Report on sanitation, dispensaries, and jails in Rajputana for 1913, and on vaccination for the year 1913-1914 - 1913-1914
Year: 1913
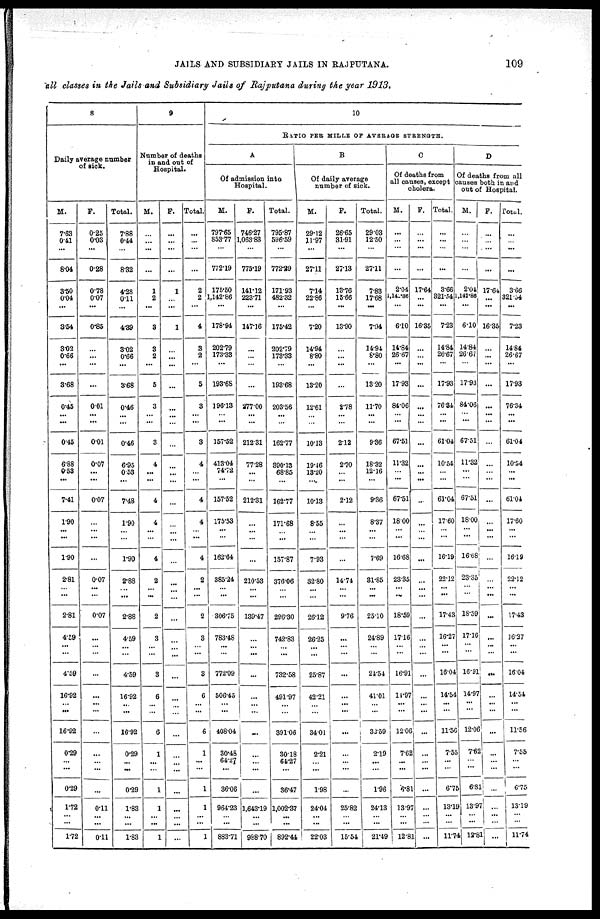
JAILS AND SUBSIDIARY JAILS IN RAJPUTANA.
109
all classes in the Jails and Subsidiary Jails of Rajputana during the year 1913.
8
Daily average number
of sick.
M.
7.63
0.41
...
8.04
3.50
0.04
...
3.54
3.02
0.66
...
3.68
0.45
...
...
0.45
6.88
0.53
...
7.41
1.90
...
...
1.90
2.81
... ...
2.81
4.59
...
...
4.59
16.92
...
...
16.92
0.29
...
...
0.29
1.72
...
...
1.72
F.
0.25
0.03
...
0.28
0.78
0.07
...
0.85
...
...
...
...
0.01
...
...
0.01
0.07
...
...
0.07
...
...
...
...
0.07
...
...
0.07
...
...
...
...
...
...
...
...
...
...
...
...
0.11
...
...
0.01
Total.
7.88
0.44
...
8.32
4.28
0.11
...
4.89
3.02
0.66
...
3.68
0.46
...
...
0.46
6.95
0.53
...
7.48
1.90
...
...
1.90
2.88
... ...
2.88
4.59
...
...
4.59
16.92
...
...
16.92
0.29
...
...
0.29
1.83
...
...
1.83
9
Number of deaths
in and out of
Hospital.
M.
...
...
...
...
1
2
...
3
3
2
...
5
3
...
...
3
4
...
...
4
4
...
...
4
2
...
...
2
3
...
...
3
6
...
...
6
1
...
...
1
1
...
...
1
F.
...
...
...
...
1
...
...
1
...
...
...
...
...
...
...
...
...
...
...
...
...
...
...
...
...
... ...
...
...
...
...
...
...
...
...
...
...
...
...
...
...
...
...
...
Total.
...
...
...
...
2
2
...
4
3
2
...
5
3
...
...
3
4
...
...
4
4
...
...
4
2
...
...
2
3
...
...
3
6
...
...
6
1
...
...
1
1
...
...
1
10
RATIO PER MILLS OF AVERAGE STRENGTH.
A
Of admission into
Hospital.
M.
797.65
853.77
...
772.19
175.50
1,142.86
...
178.94
202.79
173.33
...
193.68
196.13
...
...
157.52
413.04
74.72
...
157.52
175.53
...
...
162.64
385.24
... ...
306.75
783.48
...
...
772.09
506.45
...
...
408.04
30.48
64.27
...
36.06
964.23
...
...
883.71
F.
746.27
1,063.88
...
775.19
141.12
223.71
...
147.16
...
...
...
...
277.00
...
...
212.31
77.28
...
...
212.31
...
...
...
...
210.53
... ...
139.47
...
...
...
...
...
...
...
...
...
...
...
...
1,643.19
...
...
968.70
Total.
795.87
596.59
...
772.29
171.93
482.32
...
175.42
202.79
173.33
...
193.68
203.56
...
...
162.77
390.13
68.85
...
162.77
171.68
...
...
157.87
376.06
...
...
296.30
742.83
...
...
732.58
491.97
...
...
391.06
30.18
64.27
...
36.47
1,002.37
...
...
892.44
B
Of daily average
number of sick.
M.
29.12
11.97
...
27.11
7.14
22.86
...
7.20
14.94
8.80
...
13.20
12.61
...
...
10.13
19.46
13.20
...
10.13
8.55
...
...
7.93
32.80
...
...
26.12
26.25
...
...
25.87
42.21
...
...
34.01
2.21
...
...
1.98
24.04
...
...
22.03
F.
26.65
31.91
...
27.13
13.76
15.66
...
13.90
...
...
...
...
2.78
...
...
2.12
2.70
...
...
2.12
...
...
...
...
14.74
... ...
9.76
...
...
...
...
...
...
...
...
...
...
...
...
25.82
...
...
15.54
Total.
29.03
12.50
...
27.11
7.83
17.68
...
7.94
14.94
8.80
...
13.20
11.70
...
...
9.36
18.32
12.16
...
9.36
8.37
...
...
7.69
31.85
...
...
25.10
24.89
...
...
21.54
41.01
...
...
32.59
2.19
...
...
1.96
24.13
...
...
21.49
C
Of deaths from
all causes, except
cholera.
M.
...
...
...
...
2.04
1,142.86
...
6.10
14.84
26.67
...
17.93
84.06
...
...
67.51
11.32
...
...
67.51
18.00
...
...
16.68
23.35
... ...
18.59
17.16
...
...
16.91
14.97
...
...
12.06
7.62
...
...
6.81
13.97
...
...
12.81
F.
...
...
...
...
17.64
...
...
16.35
...
...
...
...
...
...
...
...
...
...
...
...
...
...
...
...
...
...
...
...
...
...
...
...
...
...
...
...
...
...
...
...
...
...
...
...
Total.
...
...
...
...
3.66
321.54
...
7.23
14.84
26.67
...
17.93
76.34
...
...
61.04
10.54
...
...
61.04
17.60
...
...
16.19
22.12
...
...
17.43
16.27
...
...
16.04
14.54
...
...
11.56
7.55
...
...
6.75
13.19
...
...
11.74
D
Of deaths from all
causes both in and
out of Hospital.
M.
...
...
...
...
2.04
1,142.86
...
6.10
14.84
26.67
...
17.93
84.06
...
...
67.51
11.32
...
...
67.51
18.00
...
...
16.68
23.35
...
...
18.59
17.16
...
...
16.91
14.97
...
...
12.06
7.62
...
...
6.81
13.97
...
...
12.81
F.
...
...
...
...
17.64
...
...
16.35
...
...
...
...
...
...
...
...
...
...
...
...
...
...
...
...
...
...
...
...
...
...
...
...
...
...
...
...
...
...
...
...
...
...
...
...
Total.
...
...
...
...
3.66
321.34
...
7.23
14.84
26.67
...
17.93
76.34
...
...
61.04
10.54
...
...
61.04
17.60
...
16.19
22.12
...
...
17.43
16.37
...
16.04
14.54
...
...
11.56
7.55
...
...
6.75
13.19
...
...
11.74